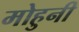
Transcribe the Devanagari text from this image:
मोहुनी